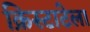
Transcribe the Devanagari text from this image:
क्रिस्टाटेला